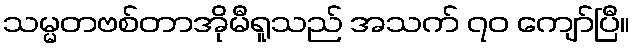
သမ္မတဗစ်တာအိုမီရူသည် အသက် ၇၀ ကျော်ပြီ။